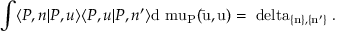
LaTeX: \int \langle P , n | P , u \rangle \langle P , u | P , n ^ { \prime } \rangle \mathrm { d \ m u _ { P } ( \bar { u } , u ) = \ d e l t a _ { \{ n \} , \{ n ^ { \prime } \} } \; . }